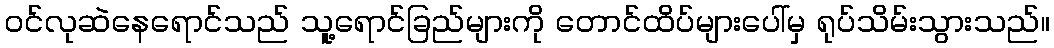
ဝင်လုဆဲနေရောင်သည် သူ့ရောင်ခြည်များကို တောင်ထိပ်များပေါ်မှ ရုပ်သိမ်းသွားသည်။